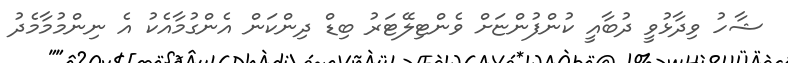
ޝާހު ވިދާޅުވީ ދުބާއީ ކުންފުންޏަށް ވެންޓިލޭޓަރު ބިޑް ދިންކަން އެންގުމާއެކު އެ ނިންމުމާމެދު